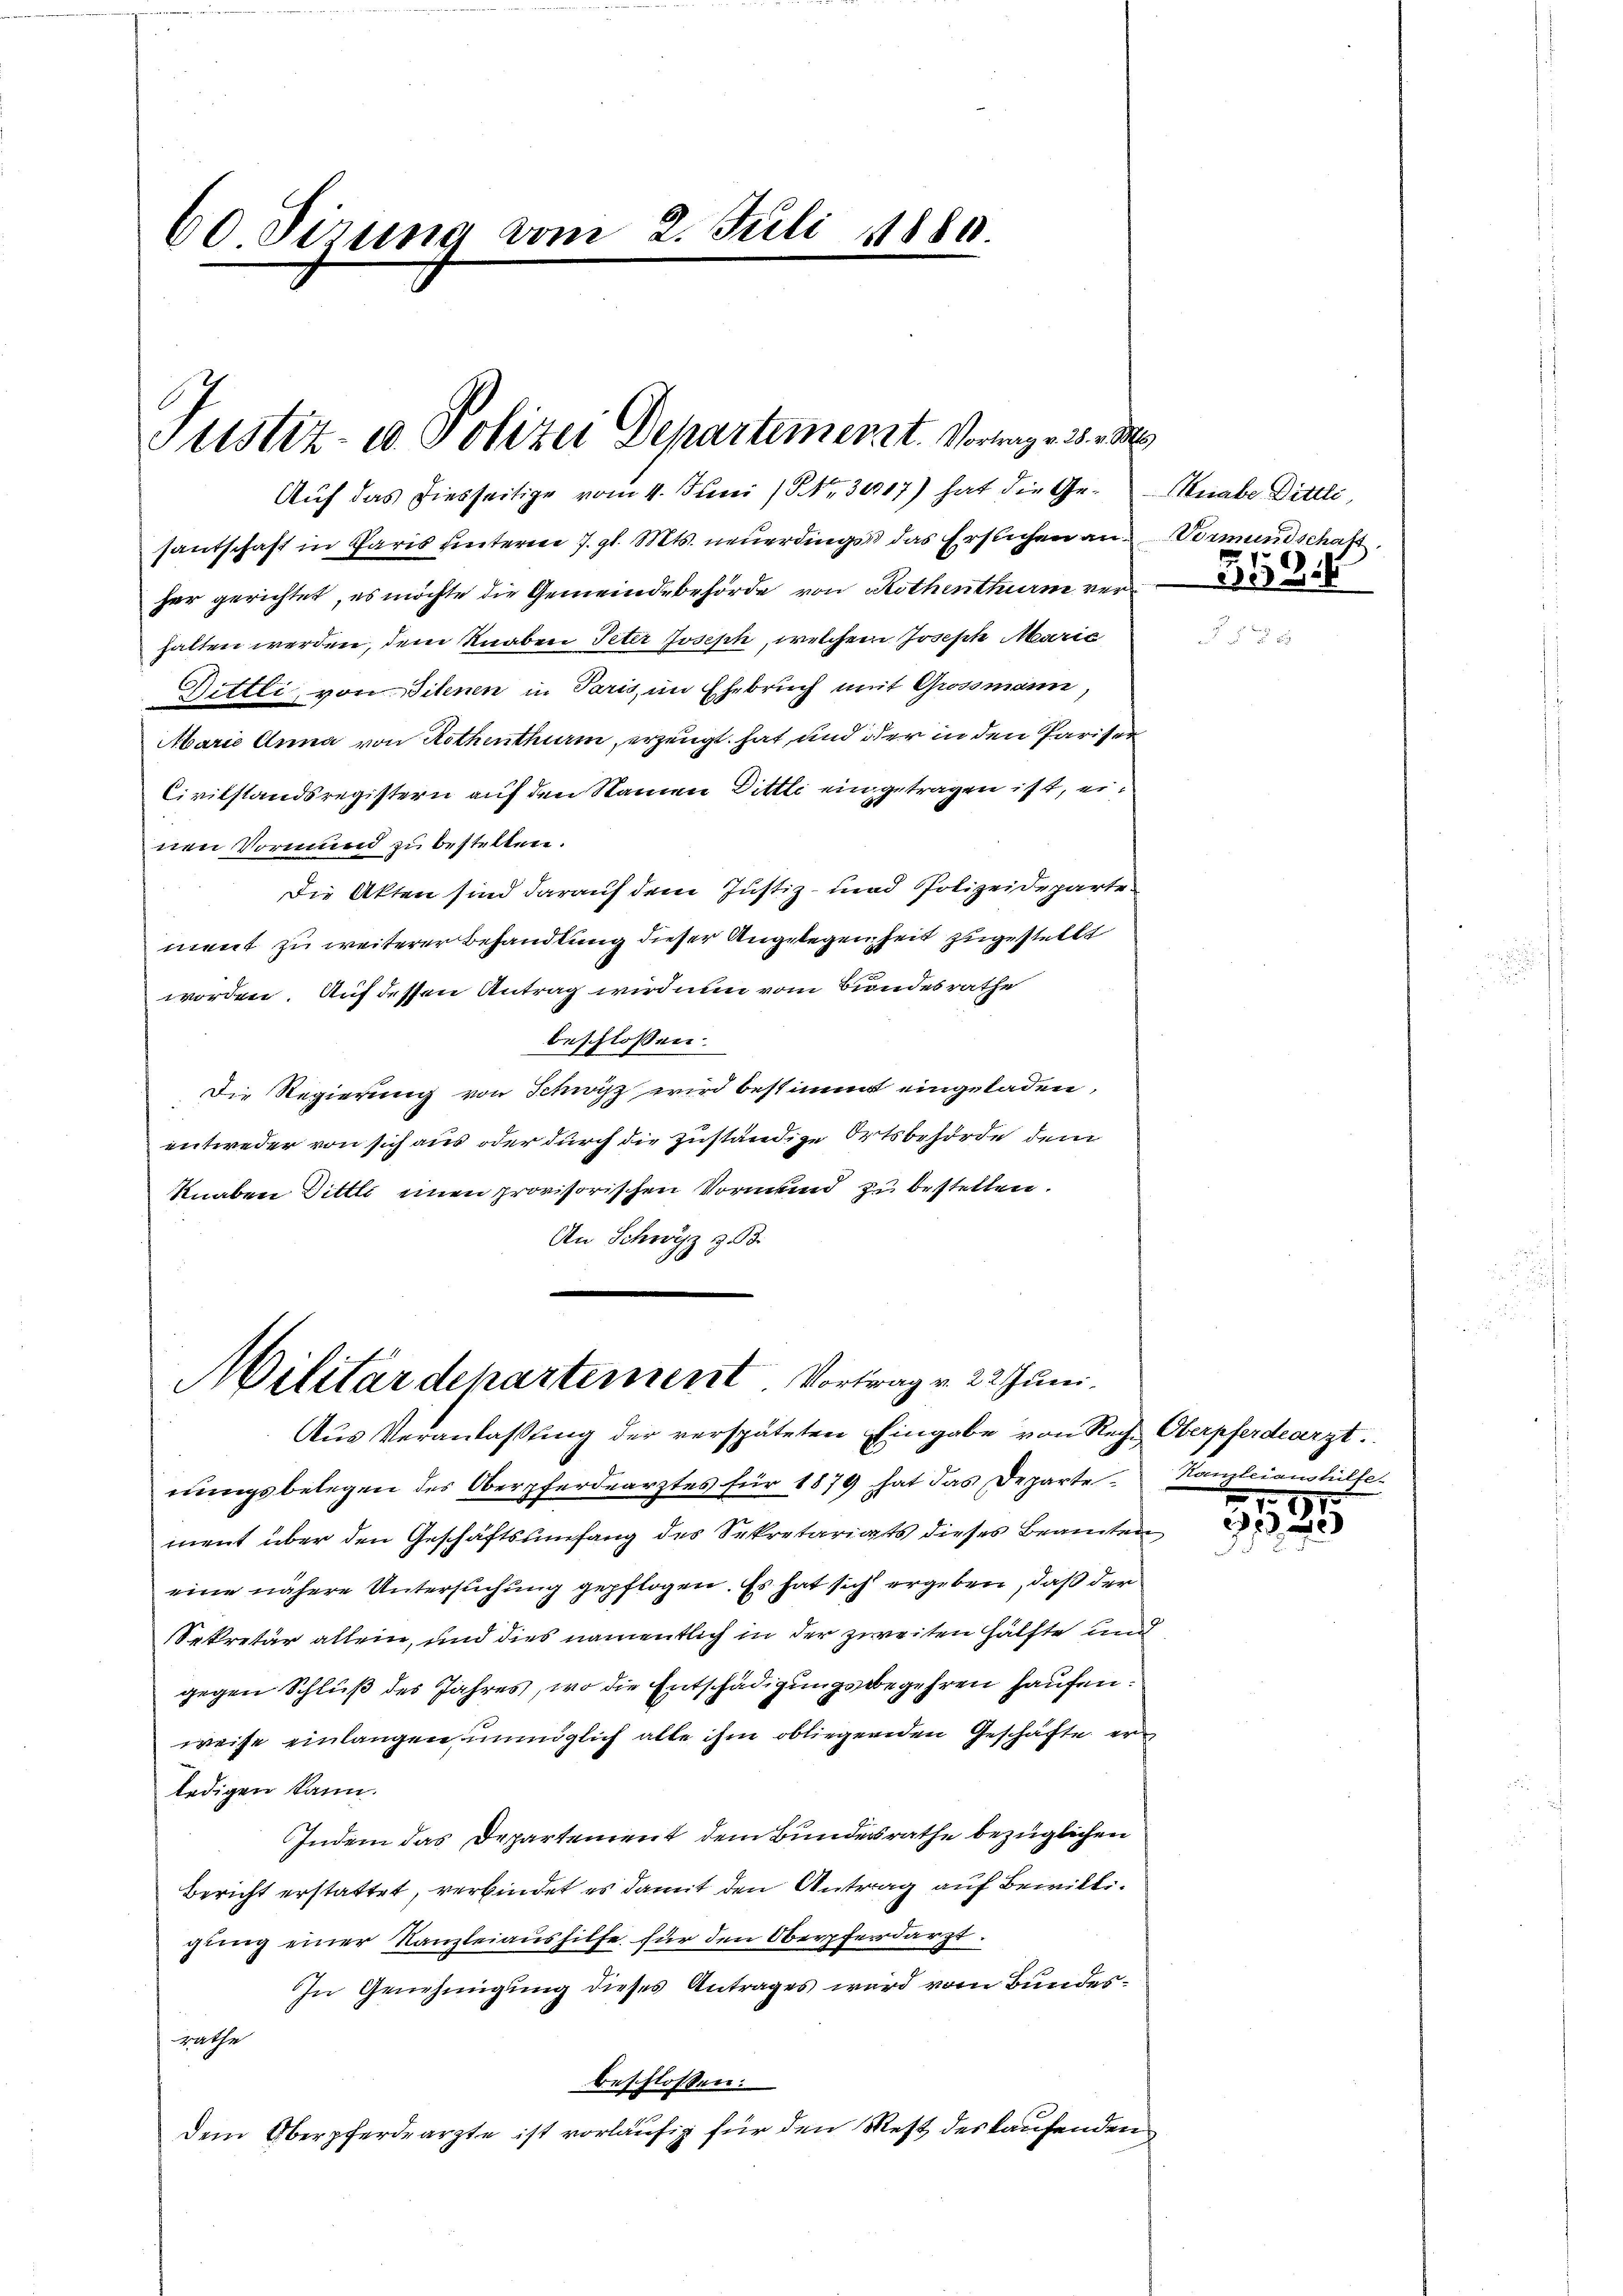
60 Sitzung vom 2. Juli 1880.

Justiz- u Polizei Departemenzt. Vortragen 30. M

Militärdepartement. Vortrag v. 22 Juni
Aus Veranlaßung der verspäteten Eingabe von Recht Oberpferdearzt.

Auf das diesseitige vom 4. Juni 184. 30117) hat die Gesantschaft in Paris unterm 7. gl. Mts. neuerdings das Ersuchen an
her gerichtet, es möchte die Gemeindebehörde von Rothenthurm verhalten werden, dem Knaben Peter Joseph, welchem Joseph Marić
Dittli, von ihnen in Paris, im Ehebruch mit Grossmann,
Marie Anna von Rothenthurm, erzeugt hat und der in den Pariser
Civilstandsregistern auf den Namen Dittli eingetragen ist, ernen Vormund zu bestelten.
Die Akten sind darauf dem Justiz- und Polizeideparte
ment zu weiterer Behandlung dieser Angelegenheit zugestellt
worden. Auf dessen Antrag wird nun vom Bundesrathe
beschlossen:
Die Regierung von Schwyz wird bestimmt eingeladen,
entweder von sich aus oder durch die zuständige Ortsbehörde dem
Knaben Dittli einen provisorischen Vormund zu bestellen.
An Schwyz z. B.

nungsbelegen des Oberpferdearztes für 1879 hat das Departe. Hamleiaushilfe
ment über den Geschäftsumfang des Sekretariats dieses Beamten
eine nähere Untersuchung gepflogen. Es hat sich ergeben, daß der
Sekretär allein, und dies namentlich in der zweiten Hälfte und
gegen Schluß des Jahres, wo die Entschädigungsbegehren haufen.
weise einlangen, unmöglich alle ihm obliegenden Geschäfte erledigen kann.
Indem das Departement dem Bundesrathe bezüglichen
Bericht erstattet, verbindet es damit den Antrag auf Bewilligung einer Kanzleiaushilfe für den Oberpferdarzt.
In Genehmigung dieses Antrages wird vom Bundesrathe
beschlossen:
Dem Oberpferdearzte ist vorläufig für den Mest des kaufenden

Knabe Dittle
Vormundschaft.
359.

5
27, 2